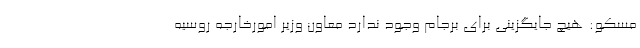
مسکو: هیچ جایگزینی برای برجام وجود ندارد معاون وزیر امورخارجه روسیه